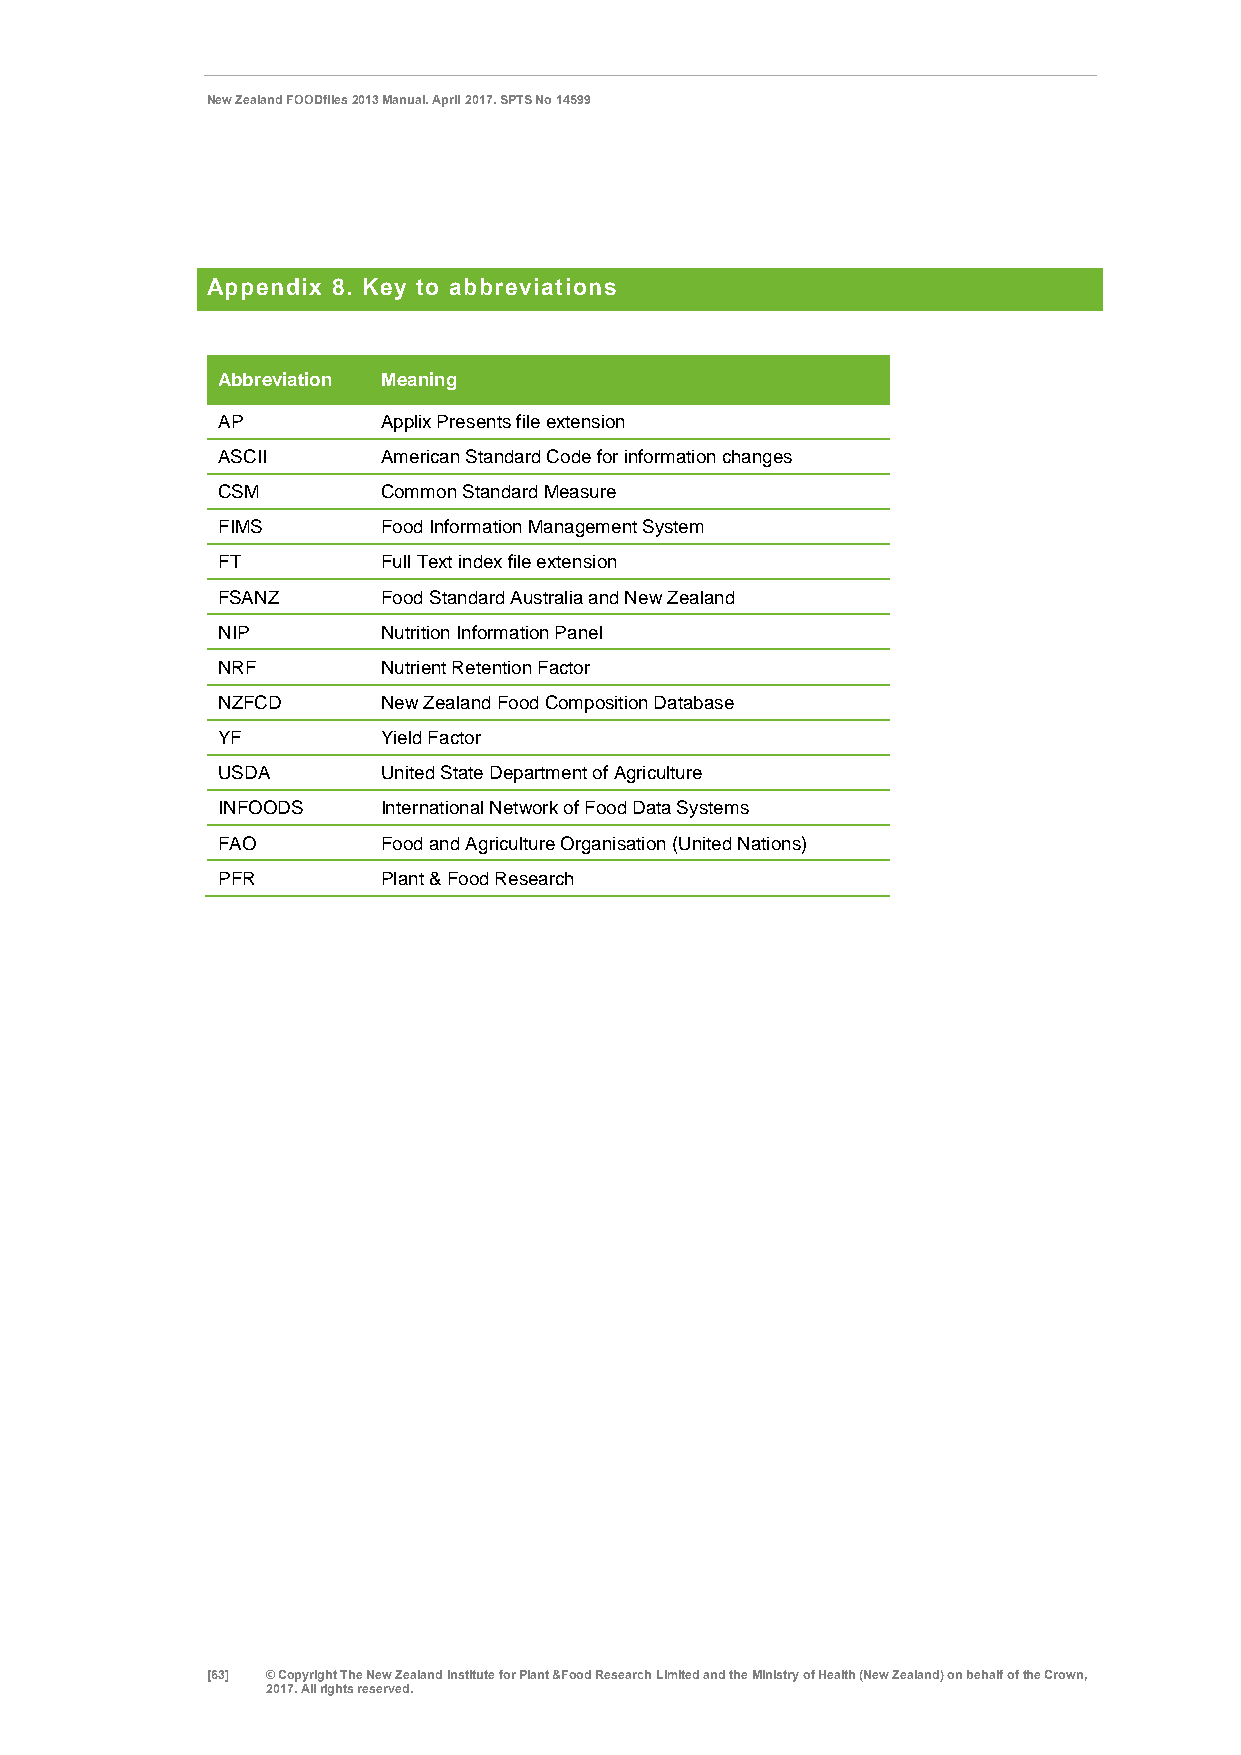
New Zealand FOODfiles 2013 Manual. April 2017. SPTS No 14599
 Appendix 8. Key to abbreviations
 Abbreviation Meaning
 AP         Applix Presents file extension
 ASCII      American Standard Code for information changes
 CSM        Common Standard Measure
 FIMS       Food Information Management System
 FT         Full Text index file extension
 FSANZ      Food Standard Australia and New Zealand
 NIP        Nutrition Information Panel
 NRF        Nutrient Retention Factor
 NZFCD      New Zealand Food Composition Database
 YF         Yield Factor
 USDA       United State Department of Agriculture
 INFOODS    International Network of Food Data Systems
 FAO        Food and Agriculture Organisation (United Nations)
 PFR        Plant & Food Research
 [63] © Copyright The New Zealand Institute for Plant &Food Research Limited and the Ministry of Health (New Zealand) on behalf of the Crown,
 2017. All rights reserved.